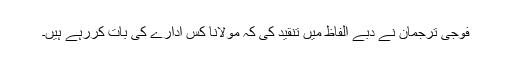
فوجی ترجمان نے دبے الفاظ میں تنقید کی کہ مولانا کس ادارے کی بات کررہے ہیں۔